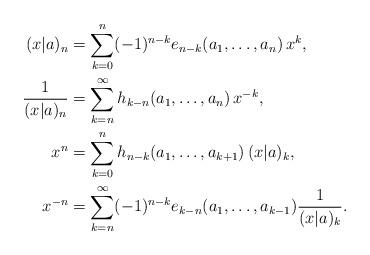
LaTeX: \begin{align*}(x|a)_{n}&=\sum_{k=0}^{n} (-1)^{n-k}e_{n-k}(a_1,\dots, a_{n}) \,x^k, \\\frac{1}{(x|a)_{n}} &=\sum_{k=n}^{\infty}h_{k-n}(a_1,\dots, a_{n}) \,x^{-k}, \\x^n&=\sum_{k=0}^{n} h_{n-k}(a_1,\dots, a_{k+1}) \,(x|a)_k, \\x^{-n} &=\sum_{k=n}^{\infty} (-1)^{n-k}e_{k-n}(a_1,\dots, a_{k-1}) \frac{1}{(x|a)_{k}}.\end{align*}